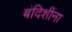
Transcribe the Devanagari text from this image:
बंदिशींना